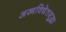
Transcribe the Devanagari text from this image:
अस्त्रविद्येतसुद्धा